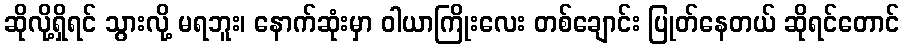
ဆိုလို့ရှိရင် သွားလို့ မရဘူး၊ နောက်ဆုံးမှာ ဝါယာကြိုးလေး တစ်ချောင်း ပြုတ်နေတယ် ဆိုရင်တောင်